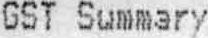
GST SUMMARY